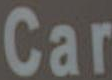
Car